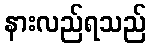
နားလည်ရသည်